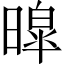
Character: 暭